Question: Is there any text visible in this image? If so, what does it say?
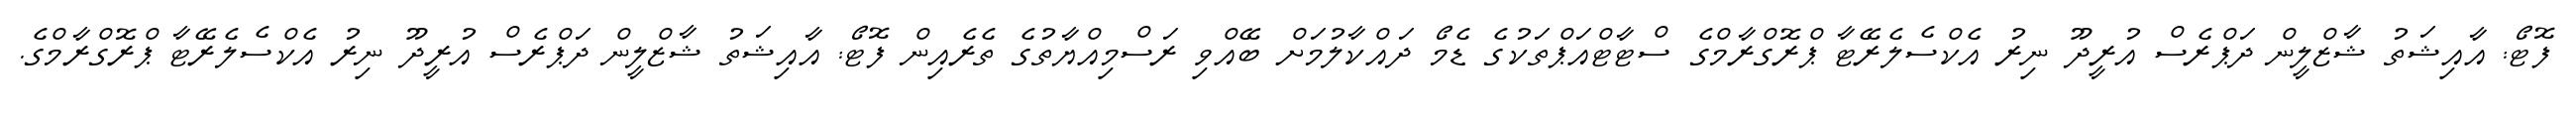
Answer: ފޮޓޯ: އާއިޝަތު ޝާޒްލީން ދަޕްރެސް އުރީދޫ ނިރު އެކްސެލެރޭޓާ ޕްރޮގްރާމްގެ ސްޓާޓްއަޕްތަކުގެ ޑެމޯ ދައްކާލުމަށް ބޭއްވި ރަސްމިއްޔާތުގެ ތެރެއިން ފޮޓޯ: އާއިޝަތު ޝާޒްލީން ދަޕްރެސް އުރީދޫ ނިރު އެކްސެލެރޭޓާ ޕްރޮގްރާމްގެ.